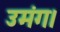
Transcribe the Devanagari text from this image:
उमंग।